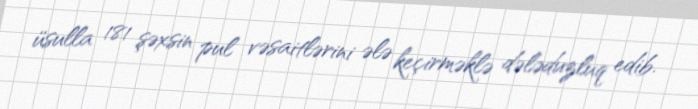
üsulla 181 şəxsin pul vəsaitlərini ələ keçirməklə dələduzluq edib.